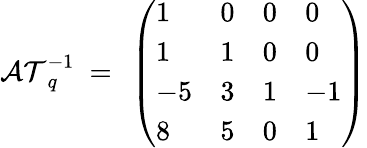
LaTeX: {\cal AT}_{q}^{-1}~=~\left(\begin{array}{llll}{{1}}&{{0}}&{{0}}&{{0}}\\ {{1}}&{{1}}&{{0}}&{{0}}\\ {{-5}}&{{3}}&{{1}}&{{-1}}\\ {{8}}&{{5}}&{{0}}&{{1}}\end{array}\right)